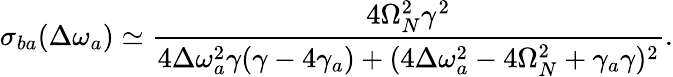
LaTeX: \sigma_{ba}(\Delta\omega_{a})\simeq\frac{4\Omega_{N}^{2}\gamma^{2}}{4\Delta\omega_{a}^{2}\gamma(\gamma-4\gamma_{a})+(4\Delta\omega_{a}^{2}-4\Omega_{N}^{2}+\gamma_{a}\gamma)^{2}}.